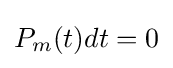
P_{m}(t)dt=0